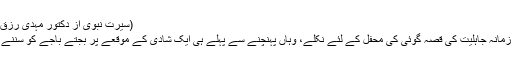
(سیرت نبوی از دکتور مہدی رزق اللہ، دارالسلام لاہورص 199 بحوالہ دلائل النبوۃ:35/2)
اسی طرح محمد صلعم ایک دو دفعہ باقاعدہ ارادہ کر کے زمانہ جاہلیت کی قصہ گوئی کی محفل کے لئے نکلے، وہاں پہنچنے سے پہلے ہی ایک شادی کے موقعے پر بجتے باجے کو سننے بیٹھ گئے تو اللہ نے کان ہی بند کر دیا اور پھر سو گئے۔